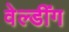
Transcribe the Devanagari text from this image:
वेल्डींग